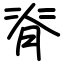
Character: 脊